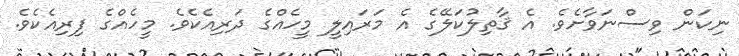
ނިކަން ވިސްނަވާށެވެ. އެ ޤާތިލުކަލޭގެ އެ މަރައިލީ މީހެއްގެ ދަރިއެކެވެ. މީހެއްގެ ފިރިއެކެވެ.